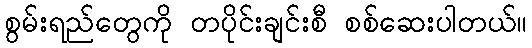
စွမ်းရည်တွေကို တပိုင်းချင်းစီ စစ်ဆေးပါတယ်။